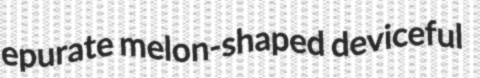
epurate melon-shaped deviceful